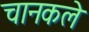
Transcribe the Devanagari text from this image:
चानकले